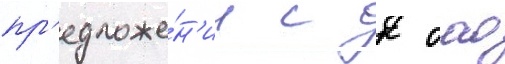
пр'едложе́н'ии с к оао